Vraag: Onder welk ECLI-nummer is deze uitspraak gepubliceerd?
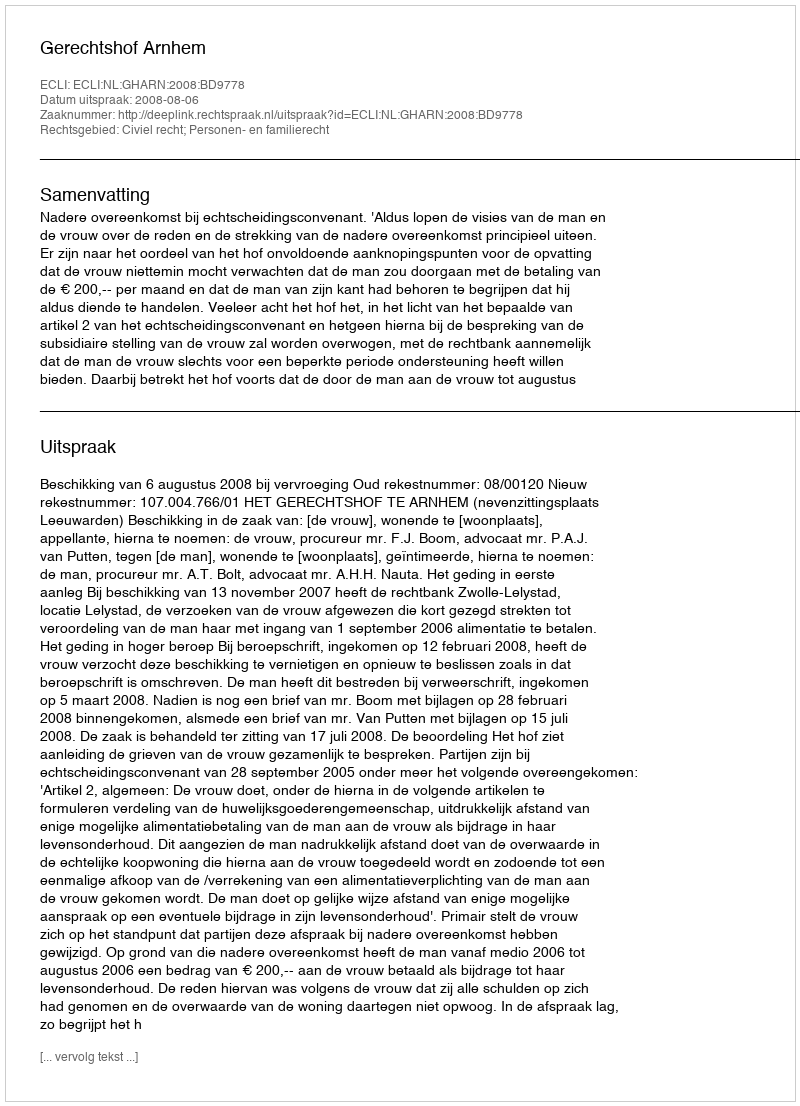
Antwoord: ECLI:NL:GHARN:2008:BD9778